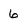
Character: 6